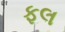
ફલ